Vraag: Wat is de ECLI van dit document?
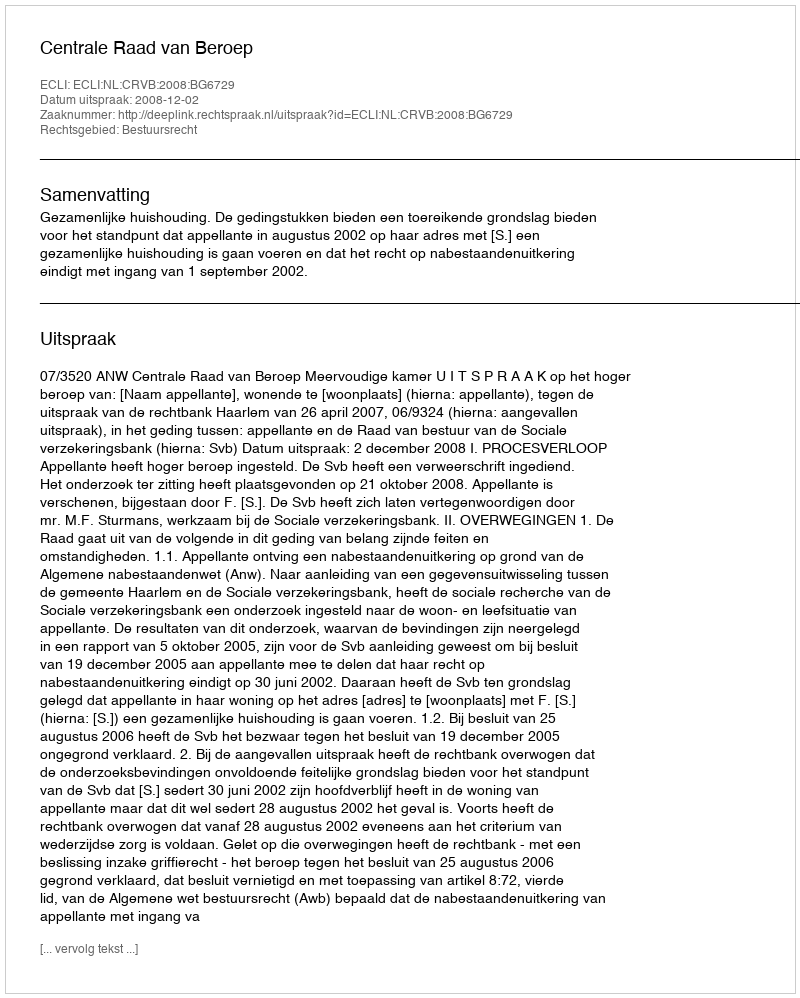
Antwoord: ECLI:NL:CRVB:2008:BG6729